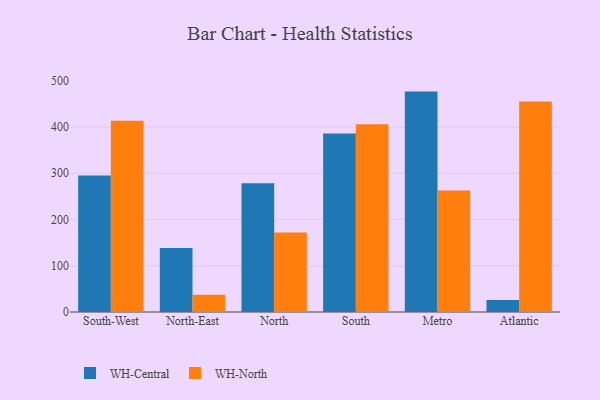
{"axis": {"x": "Region", "y": "Budget (USD K)"}, "legend": ["WH-Central", "WH-North"], "data": [{"x": "South-West", "y": 295.0, "type": "WH-Central"}, {"x": "South-West", "y": 413.7, "type": "WH-North"}, {"x": "North-East", "y": 138.6, "type": "WH-Central"}, {"x": "North-East", "y": 37.5, "type": "WH-North"}, {"x": "North", "y": 278.5, "type": "WH-Central"}, {"x": "North", "y": 171.7, "type": "WH-North"}, {"x": "South", "y": 385.8, "type": "WH-Central"}, {"x": "South", "y": 406.2, "type": "WH-North"}, {"x": "Metro", "y": 476.6, "type": "WH-Central"}, {"x": "Metro", "y": 262.9, "type": "WH-North"}, {"x": "Atlantic", "y": 26.0, "type": "WH-Central"}, {"x": "Atlantic", "y": 455.0, "type": "WH-North"}]}